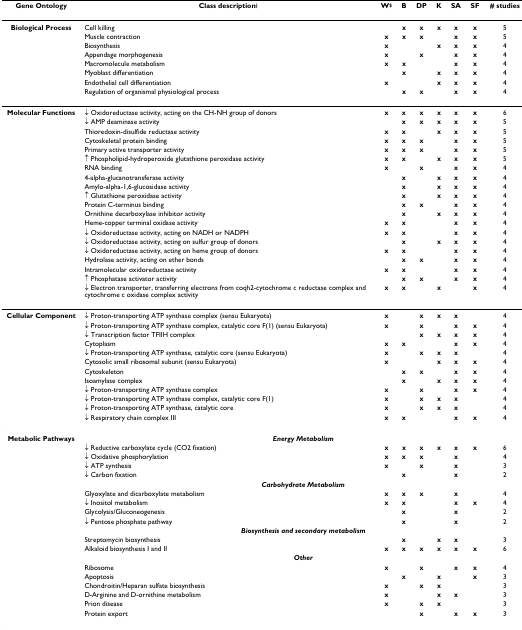
<table><thead><tr><td><b>Gene Ontology</b></td><td><b>Class description<sup>§</sup></b></td><td><b>W<sup>$</sup></b></td><td><b>B</b></td><td><b>DP</b></td><td><b>K</b></td><td><b>SA</b></td><td><b>SF</b></td><td><b># studies</b></td></tr></thead><tbody><tr><td><b>Biological Process</b></td><td>Cell killing</td><td></td><td><b>x</b></td><td><b>x</b></td><td><b>x</b></td><td><b>x</b></td><td><b>x</b></td><td>5</td></tr><tr><td></td><td>Muscle contraction</td><td><b>x</b></td><td><b>x</b></td><td><b>x</b></td><td></td><td><b>x</b></td><td><b>x</b></td><td>5</td></tr><tr><td></td><td>Biosynthesis</td><td><b>x</b></td><td></td><td></td><td><b>x</b></td><td><b>x</b></td><td><b>x</b></td><td>4</td></tr><tr><td></td><td>Appendage morphogenesis</td><td><b>x</b></td><td></td><td><b>x</b></td><td></td><td><b>x</b></td><td><b>x</b></td><td>4</td></tr><tr><td></td><td>Macromolecule metabolism</td><td><b>x</b></td><td><b>x</b></td><td></td><td></td><td><b>x</b></td><td><b>x</b></td><td>4</td></tr><tr><td></td><td>Myoblast differentiation</td><td></td><td><b>x</b></td><td></td><td><b>x</b></td><td><b>x</b></td><td><b>x</b></td><td>4</td></tr><tr><td></td><td>Endothelial cell differentiation</td><td><b>x</b></td><td></td><td></td><td><b>x</b></td><td><b>x</b></td><td><b>x</b></td><td>4</td></tr><tr><td></td><td>Regulation of organismal physiological process</td><td></td><td><b>x</b></td><td><b>x</b></td><td></td><td><b>x</b></td><td><b>x</b></td><td>4</td></tr><tr><td><b>Molecular Functions</b></td><td>↓ Oxidoreductase activity, acting on the CH-NH group of donors</td><td><b>x</b></td><td><b>x</b></td><td><b>x</b></td><td><b>x</b></td><td><b>x</b></td><td><b>x</b></td><td>6</td></tr><tr><td></td><td>↓ AMP deaminase activity</td><td></td><td><b>x</b></td><td><b>x</b></td><td><b>x</b></td><td><b>x</b></td><td><b>x</b></td><td>5</td></tr><tr><td></td><td>Thioredoxin-disulfide reductase activity</td><td><b>x</b></td><td><b>x</b></td><td></td><td><b>x</b></td><td><b>x</b></td><td><b>x</b></td><td>5</td></tr><tr><td></td><td>Cytoskeletal protein binding</td><td><b>x</b></td><td><b>x</b></td><td><b>x</b></td><td></td><td><b>x</b></td><td><b>x</b></td><td>5</td></tr><tr><td></td><td>Primary active transporter activity</td><td><b>x</b></td><td><b>x</b></td><td><b>x</b></td><td></td><td><b>x</b></td><td><b>x</b></td><td>5</td></tr><tr><td></td><td>↑ Phospholipid-hydroperoxide glutathione peroxidase activity</td><td><b>x</b></td><td><b>x</b></td><td></td><td><b>x</b></td><td><b>x</b></td><td><b>x</b></td><td>5</td></tr><tr><td></td><td>RNA binding</td><td><b>x</b></td><td></td><td><b>x</b></td><td></td><td><b>x</b></td><td><b>x</b></td><td>4</td></tr><tr><td></td><td>4-alpha-glucanotransferase activity</td><td></td><td><b>x</b></td><td></td><td><b>x</b></td><td><b>x</b></td><td><b>x</b></td><td>4</td></tr><tr><td></td><td>Amylo-alpha-1,6-glucosidase activity</td><td></td><td><b>x</b></td><td></td><td><b>x</b></td><td><b>x</b></td><td><b>x</b></td><td>4</td></tr><tr><td></td><td>↑ Glutathione peroxidase activity</td><td></td><td><b>x</b></td><td></td><td><b>x</b></td><td><b>x</b></td><td><b>x</b></td><td>4</td></tr><tr><td></td><td>Protein C-terminus binding</td><td></td><td><b>x</b></td><td><b>x</b></td><td></td><td><b>x</b></td><td><b>x</b></td><td>4</td></tr><tr><td></td><td>Ornithine decarboxylase inhibitor activity</td><td></td><td><b>x</b></td><td></td><td><b>x</b></td><td><b>x</b></td><td><b>x</b></td><td>4</td></tr><tr><td></td><td>Heme-copper terminal oxidase activity</td><td><b>x</b></td><td><b>x</b></td><td></td><td></td><td><b>x</b></td><td><b>x</b></td><td>4</td></tr><tr><td></td><td>↓ Oxidoreductase activity, acting on NADH or NADPH</td><td><b>x</b></td><td><b>x</b></td><td></td><td></td><td><b>x</b></td><td><b>x</b></td><td>4</td></tr><tr><td></td><td>↓ Oxidoreductase activity, acting on sulfur group of donors</td><td></td><td><b>x</b></td><td></td><td><b>x</b></td><td><b>x</b></td><td><b>x</b></td><td>4</td></tr><tr><td></td><td>↓ Oxidoreductase activity, acting on heme group of donors</td><td><b>x</b></td><td><b>x</b></td><td></td><td></td><td><b>x</b></td><td><b>x</b></td><td>4</td></tr><tr><td></td><td>Hydrolase activity, acting on ether bonds</td><td></td><td><b>x</b></td><td><b>x</b></td><td></td><td><b>x</b></td><td><b>x</b></td><td>4</td></tr><tr><td></td><td>Intramolecular oxidoreductase activity</td><td><b>x</b></td><td><b>x</b></td><td></td><td></td><td><b>x</b></td><td><b>x</b></td><td>4</td></tr><tr><td></td><td>↑ Phosphatase activator activity</td><td></td><td><b>x</b></td><td><b>x</b></td><td></td><td><b>x</b></td><td><b>x</b></td><td>4</td></tr><tr><td></td><td>↓ Electron transporter, transferring electrons from coqh2-cytochrome c reductase complex and cytochrome c oxidase complex activity</td><td><b>x</b></td><td><b>x</b></td><td></td><td><b>x</b></td><td></td><td><b>x</b></td><td>4</td></tr><tr><td><b>Cellular Component</b></td><td>↓ Proton-transporting ATP synthase complex (sensu Eukaryota)</td><td><b>x</b></td><td></td><td><b>x</b></td><td><b>x</b></td><td><b>x</b></td><td></td><td>4</td></tr><tr><td></td><td>↓ Proton-transporting ATP synthase complex, catalytic core F(1) (sensu Eukaryota)</td><td><b>x</b></td><td></td><td><b>x</b></td><td></td><td><b>x</b></td><td><b>x</b></td><td>4</td></tr><tr><td></td><td>↓ Transcription factor TFIIH complex</td><td></td><td></td><td><b>x</b></td><td><b>x</b></td><td><b>x</b></td><td><b>x</b></td><td>4</td></tr><tr><td></td><td>Cytoplasm</td><td><b>x</b></td><td><b>x</b></td><td></td><td></td><td><b>x</b></td><td><b>x</b></td><td>4</td></tr><tr><td></td><td>↓ Proton-transporting ATP synthase, catalytic core (sensu Eukaryota)</td><td><b>x</b></td><td></td><td><b>x</b></td><td><b>x</b></td><td><b>x</b></td><td></td><td>4</td></tr><tr><td></td><td>Cytosolic small ribosomal subunit (sensu Eukaryota)</td><td><b>x</b></td><td></td><td></td><td><b>x</b></td><td><b>x</b></td><td><b>x</b></td><td>4</td></tr><tr><td></td><td>Cytoskeleton</td><td></td><td><b>x</b></td><td><b>x</b></td><td></td><td><b>x</b></td><td><b>x</b></td><td>4</td></tr><tr><td></td><td>Isoamylase complex</td><td></td><td><b>x</b></td><td></td><td><b>x</b></td><td><b>x</b></td><td><b>x</b></td><td>4</td></tr><tr><td></td><td>↓ Proton-transporting ATP synthase complex</td><td><b>x</b></td><td></td><td><b>x</b></td><td></td><td><b>x</b></td><td><b>x</b></td><td>4</td></tr><tr><td></td><td>↓ Proton-transporting ATP synthase complex, catalytic core F(1)</td><td><b>x</b></td><td></td><td><b>x</b></td><td><b>x</b></td><td><b>x</b></td><td></td><td>4</td></tr><tr><td></td><td>↓ Proton-transporting ATP synthase, catalytic core</td><td><b>x</b></td><td></td><td><b>x</b></td><td><b>x</b></td><td><b>x</b></td><td></td><td>4</td></tr><tr><td></td><td>↓ Respiratory chain complex III</td><td><b>x</b></td><td><b>x</b></td><td></td><td></td><td><b>x</b></td><td><b>x</b></td><td>4</td></tr><tr><td><b>Metabolic Pathways</b></td><td colspan="8"><b><i>Energy Metabolism</i></b></td></tr><tr><td></td><td>↓ Reductive carboxylate cycle (CO2 fixation)</td><td><b>x</b></td><td><b>x</b></td><td><b>x</b></td><td><b>x</b></td><td><b>x</b></td><td><b>x</b></td><td>6</td></tr><tr><td></td><td>↓ Oxidative phosphorylation</td><td><b>x</b></td><td><b>x</b></td><td><b>x</b></td><td></td><td><b>x</b></td><td></td><td>4</td></tr><tr><td></td><td>↓ ATP synthesis</td><td><b>x</b></td><td></td><td><b>x</b></td><td></td><td><b>x</b></td><td></td><td>3</td></tr><tr><td></td><td>↓ Carbon fixation</td><td></td><td><b>x</b></td><td></td><td></td><td><b>x</b></td><td></td><td>2</td></tr><tr><td></td><td colspan="8"><b><i>Carbohydrate Metabolism</i></b></td></tr><tr><td></td><td>Glyoxylate and dicarboxylate metabolism</td><td><b>x</b></td><td><b>x</b></td><td><b>x</b></td><td></td><td><b>x</b></td><td></td><td>4</td></tr><tr><td></td><td>↓ Inositol metabolism</td><td><b>x</b></td><td><b>x</b></td><td></td><td></td><td><b>x</b></td><td><b>x</b></td><td>4</td></tr><tr><td></td><td>Glycolysis/Gluconeogenesis</td><td></td><td><b>x</b></td><td></td><td></td><td><b>x</b></td><td></td><td>2</td></tr><tr><td></td><td>↓ Pentose phosphate pathway</td><td></td><td><b>x</b></td><td></td><td></td><td><b>x</b></td><td></td><td>2</td></tr><tr><td></td><td colspan="8"><b><i>Biosynthesis and secondary metabolism </i></b></td></tr><tr><td></td><td>Streptomycin biosynthesis</td><td></td><td><b>x</b></td><td></td><td><b>x</b></td><td><b>x</b></td><td></td><td>3</td></tr><tr><td></td><td>Alkaloid biosynthesis I and II</td><td><b>x</b></td><td><b>x</b></td><td><b>x</b></td><td><b>x</b></td><td><b>x</b></td><td><b>x</b></td><td>6</td></tr><tr><td></td><td colspan="8"><b><i>Other</i></b></td></tr><tr><td></td><td>Ribosome</td><td><b>x</b></td><td></td><td><b>x</b></td><td></td><td><b>x</b></td><td><b>x</b></td><td>4</td></tr><tr><td></td><td>Apoptosis</td><td></td><td><b>x</b></td><td></td><td><b>x</b></td><td></td><td><b>x</b></td><td>3</td></tr><tr><td></td><td>Chondroitin/Heparan sulfate biosynthesis</td><td><b>x</b></td><td></td><td><b>x</b></td><td><b>x</b></td><td></td><td></td><td>3</td></tr><tr><td></td><td>D-Arginine and D-ornithine metabolism</td><td><b>x</b></td><td></td><td></td><td><b>x</b></td><td><b>x</b></td><td></td><td>3</td></tr><tr><td></td><td>Prion disease</td><td><b>x</b></td><td></td><td><b>x</b></td><td><b>x</b></td><td></td><td></td><td>3</td></tr><tr><td></td><td>Protein export</td><td></td><td></td><td><b>x</b></td><td></td><td><b>x</b></td><td><b>x</b></td><td>3</td></tr></tbody></table>